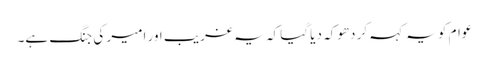
عوام کو یہ کہہ کر دھوکہ دیا گیا کہ یہ غریب اور امیر کی جنگ ہے۔